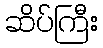
ဆိပ်ကြီး